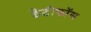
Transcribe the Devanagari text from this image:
डेटीफाॅस